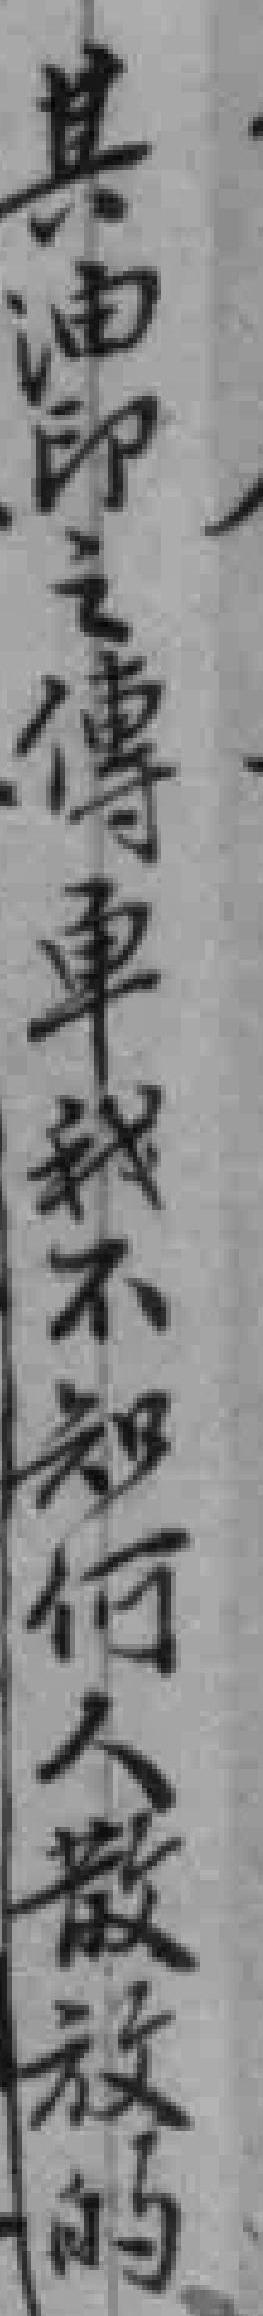
其油印之傳車我不知何人散放的